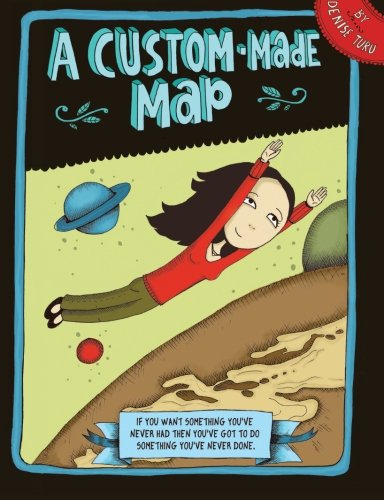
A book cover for A custom made map; Denise Turu; Comics & Graphic Novels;